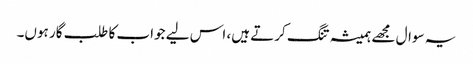
یہ سوال مجھے ہمیشہ تنگ کرتے ہیں، اس لیے جواب کا طلب گار ہوں۔